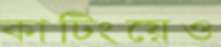
কাটিংয়েও